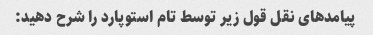
پیامدهای نقل قول زیر توسط تام استوپارد را شرح دهید: